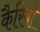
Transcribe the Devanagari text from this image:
कैरिबी